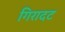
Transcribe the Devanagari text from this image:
गिरादट